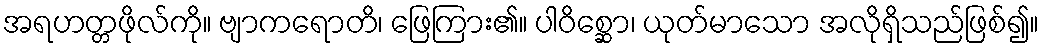
အရဟတ္တဖိုလ်ကို။ ဗျာကရောတိ၊ ဖြေကြား၏။ ပါဝိစ္ဆော၊ ယုတ်မာသော အလိုရှိသည်ဖြစ်၍။